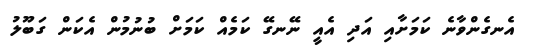
އެނގެންވާނެ ކަމަށާއި އަދި އެއީ ނޭނގޭ ކަމެއް ކަމަށް ބުނުމުން އެކަން ގަބޫލު